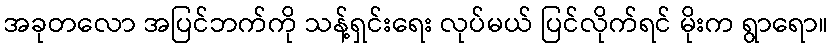
အခုတလော အပြင်ဘက်ကို သန့်ရှင်းရေး လုပ်မယ် ပြင်လိုက်ရင် မိုးက ရွာရော။